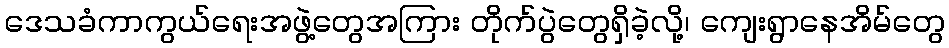
ဒေသခံကာကွယ်ရေးအဖွဲ့တွေအကြား တိုက်ပွဲတွေရှိခဲ့လို့၊ ကျေးရွာနေအိမ်တွေ